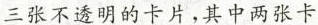
三张不透明的卡片，其中两张卡